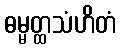
ဓမ္မတ္ထသံဟိတံ